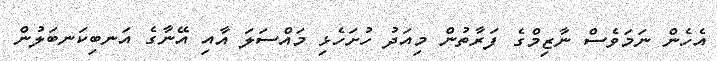
އެހެން ނަމަވެސް ނާޒިމްގެ ފަރާތުން މިއަދު ހުށަހެޅި މައްސަލަ އާއި އޭނާގެ އަނބިކަނބަލުން